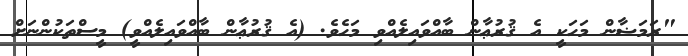
"ރަމަޟާން މަހަކީ އެ ޤުރުޢާން ބާއްވައިލެއްވި މަހެވެ. (އެ ޤުރުޢާން ބާއްވައިލެއްވީ) މީސްތަކުންނަށް